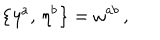
LaTeX: \bigl \{ \eta ^ { a } , \, \eta ^ { b } \bigr \} = \omega ^ { a b } \, ,